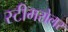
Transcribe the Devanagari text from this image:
स्टीमरोलर